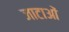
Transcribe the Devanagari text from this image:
जाटाओं